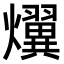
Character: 𤒩